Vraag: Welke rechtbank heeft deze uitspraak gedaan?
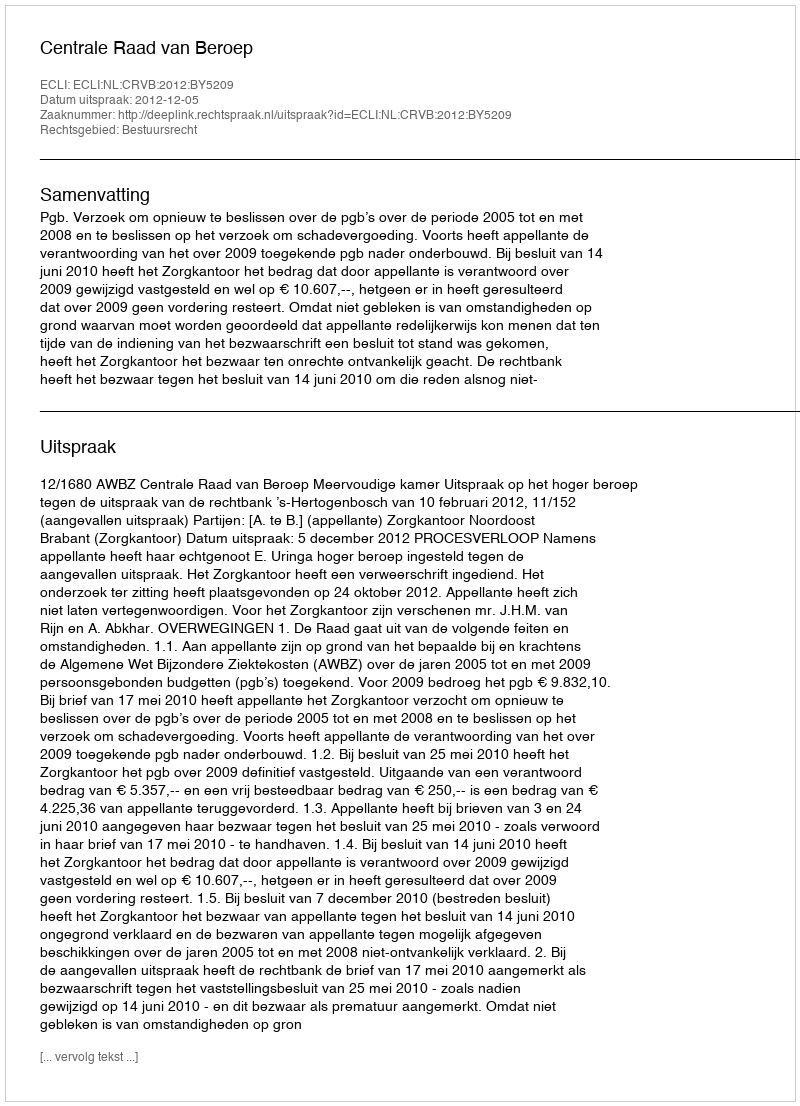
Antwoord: Centrale Raad van Beroep